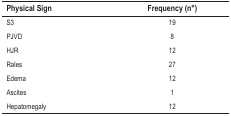
| Physical Sign | Frequency (n°) |
 | --- | --- |
 | S3 | 19 |
 | PJVD | 8 |
 | HJR | 12 |
 | Rales | 27 |
 | Edema | 12 |
 | Ascites | 1 |
 | Hepatomegaly | 12 |